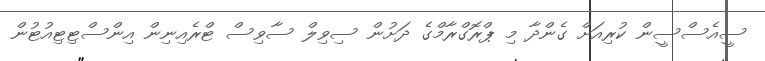
ސީއެސްސީން ކުރިއަށް ގެންދާ މި ޕްރޮގްރާމްގެ ދަށުން ސިވިލް ސާވިސް ޓްރެއިނިން އިންސްޓިޓިއުޓުން